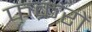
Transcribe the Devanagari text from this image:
फक़रों